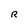
Character: R